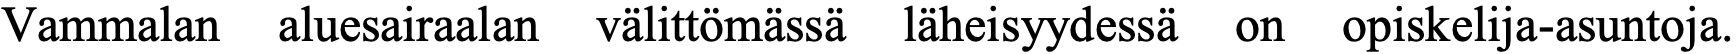
Vammalan  aluesairaalan välittömässä läheisyydessä on opiskelija-asuntoja.